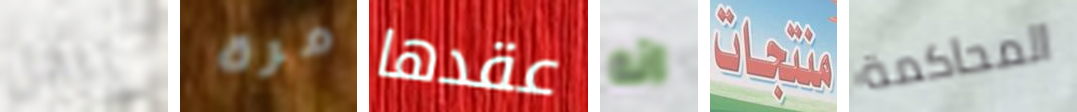
ينقل مرة عقدها انه منتجات المحاكمة